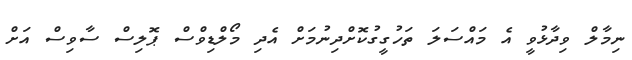
ނިމާލް ވިދާޅުވީ އެ މައްސަލަ ތަހުގީގުކޮށްދިނުމަށް އެދި މޯލްޑިވްސް ޕޮލިސް ސާވިސް އަށް